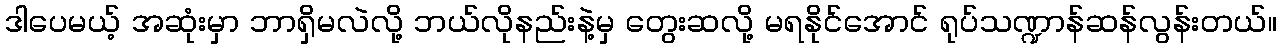
ဒါပေမယ့် အဆုံးမှာ ဘာရှိမလဲလို့ ဘယ်လိုနည်းနဲ့မှ တွေးဆလို့ မရနိုင်အောင် ရုပ်သဏ္ဍာန်ဆန်လွန်းတယ်။